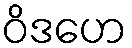
ဝိဒဟေ